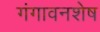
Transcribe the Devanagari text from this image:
गंगावनशेष